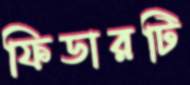
ফিডারটি